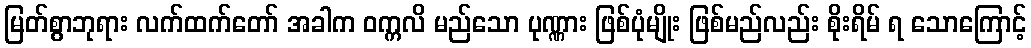
မြတ်စွာဘုရား လက်ထက်တော် အခါက ဝက္ကလိ မည်သော ပုဏ္ဏား ဖြစ်ပုံမျိုး ဖြစ်မည်လည်း စိုးရိမ် ရ သောကြောင့်